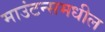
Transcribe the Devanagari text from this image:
माउंटन्समधील